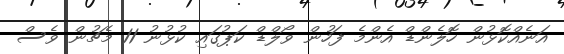
އަނެއްކޮޅުން ހޮލެންޑް އެންމެ ފަހުން ވޯލްޑް ކަޕުގައި ކުޅުނު 11 މެޗުން ވެސް